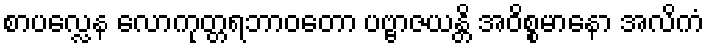
စာပလ္လေန လောကုတ္တရဘာဝတော ပဗ္ဗာဇယန္တိ အဝိစ္စမာနော အလိကံ